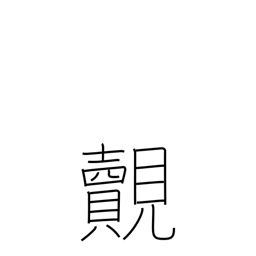
Meaning: meet